Report of the Hyderabad Chloroform Commission
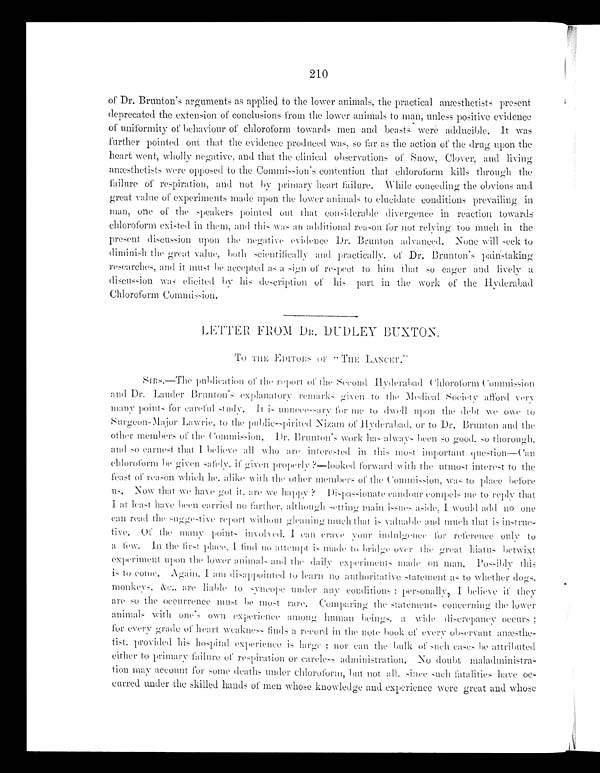
210
of Dr. Brunton's arguments as applied to the lower animals, the practical anæsthetists present
deprecated the extension of conclusions from the lower animals to man, unless positive evidence
of uniformity of behaviour of chloroform towards men and beasts were adducible. It was
further pointed out that the evidence produced was, so far as the action of the drug upon the
heart went, wholly negative, and that the clinical observations of Snow, Clover, and living
anæsthetists were opposed to the Commission's contention that chloroform kills through the
failure of respiration, and not by primary heart failure. While conceding the obvious and
great value of experiments made upon the lower animals to elucidate conditions prevailing in
man, one of the speakers pointed out that considerable divergence in reaction towards
chloroform existed in them, and this was an additional reason for not relying too much in the
present discussion upon the negative evidence Dr. Brunton advanced. None will seek to
diminish the great value, both scientifically and practically, of Dr. Brunton's painstaking
researches, and it must be accepted as a sign of respect to him that so eager and lively a
discussion was elicited by his description of his part in the work of the Hyderabad
Chloroform Commission.
LETTER FROM DR. DUDLEY BUXTON.
TO THE EDITORS OF "THE LANCET."
Sirs.—The publications of the report of the Second Hyderabad Chloroform Commission
and Dr. Lauder Brunton's explanatory remarks given to the Medical Society afford very
many points for careful study. It is unnecessary
for me to dwell upon the debt we owe to
Surgeon-Major Lawrie, to the public-spirited Nizam of Hyderabad, or to Dr. Brunton and the
other members of the Commission. Dr. Brunton's work has always been so good, so thorough,
and so earnest that I believe all who are interested in this most important question—Can
chloroform be given safely, if given properly?—looked forward with the utmost interest to the
feast of reason which he alike with the other members of the Commission, was to place b efore
us.
Now that we have got it, are we happy? Dispassionate candour compels me to reply that
I at least have been carried no farther, although setting main issues aside, I would add no one
can read the suggestive report without gleaning much that is valuable and much that is instru
c -
tive. Of the many points invoked. I can crave your indulgence for reference only to
a few. In the fiest place, I fi nd no attempt is made to bridge over the great hiatus betwixt
experiment upon the lower animals and the daily experiments made
on man. Possibly this
is to come. Again. I am disappointed to learn
no authoritative statetment as to whether
dogs,
monkey, &c., are liable to syncope un
der any conditions; personally, I believe if they
are so the occurrence must he most rare. Comparing
the statements concerning the lower
animals with one's own experience among human bei ng s a wide discrepanc y occurs
;
for every grade of heart weakness finds a record in the note book of e
v e r y o b s e r v a n t a n æ s t h e -
tist, provided his hospital experience is larger; nor can the bulk of such cases be attributed
either to primary failure of respiration or careless administration. No doubt maladministra-
tion m ay account for some deaths under chloroform, but not all, since such fatalities have o c
-
curred under the skilled hands of men whose knowledge and experience were great and whose